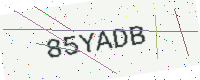
Text: 85YADB